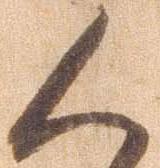
人